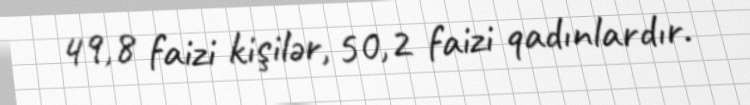
49,8 faizi kişilər, 50,2 faizi qadınlardır.